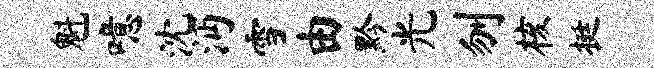
魁噫沈沔雪由黔光刎核挺